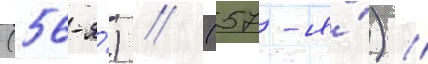
(56-я́) // (57-я́) //